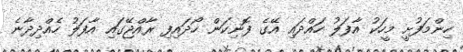
ހިންމަފުށީ މީހަކު އާފަލު ހައްދައި އޭގެ ފޮނިކަން ހޯދައިފި ރާއްޖޭގައި އާފަލު ހެއްދިދާނެ